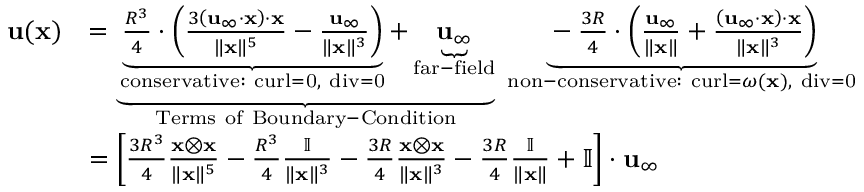
{ \begin{array} { r l } { \mathbf { u } ( \mathbf { x } ) } & { = \underbrace { \underbrace { { \frac { R ^ { 3 } } { 4 } } \cdot \left( { \frac { 3 \left( \mathbf { u } _ { \infty } \cdot \mathbf { x } \right) \cdot \mathbf { x } } { \| \mathbf { x } \| ^ { 5 } } } - { \frac { \mathbf { u } _ { \infty } } { \| \mathbf { x } \| ^ { 3 } } } \right) } _ { \mathrm { c o n s e r v a t i v e : ~ c u r l = 0 , ~ d i v = 0 } } + \underbrace { \mathbf { u } _ { \infty } } _ { \mathrm { f a r - f i e l d } } } _ { \mathrm { T e r m s ~ o f ~ B o u n d a r y - C o n d i t i o n } } \; \underbrace { - { \frac { 3 R } { 4 } } \cdot \left( { \frac { \mathbf { u } _ { \infty } } { \| \mathbf { x } \| } } + { \frac { \left( \mathbf { u } _ { \infty } \cdot \mathbf { x } \right) \cdot \mathbf { x } } { \| \mathbf { x } \| ^ { 3 } } } \right) } _ { { \mathrm { n o n - c o n s e r v a t i v e : ~ c u r l } } = { \boldsymbol { \omega } } ( \mathbf { x } ) , { \mathrm { ~ d i v = 0 } } } } \\ & { = \left[ { \frac { 3 R ^ { 3 } } { 4 } } { \frac { \mathbf { x \otimes \mathbf { x } } } { \| \mathbf { x } \| ^ { 5 } } } - { \frac { R ^ { 3 } } { 4 } } { \frac { \mathbb { I } } { \| \mathbf { x } \| ^ { 3 } } } - { \frac { 3 R } { 4 } } { \frac { \mathbf { x } \otimes \mathbf { x } } { \| \mathbf { x } \| ^ { 3 } } } - { \frac { 3 R } { 4 } } { \frac { \mathbb { I } } { \| \mathbf { x } \| } } + \mathbb { I } \right] \cdot \mathbf { u } _ { \infty } } \end{array} }